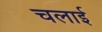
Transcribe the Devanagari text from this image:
चलार्इ